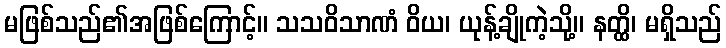
မဖြစ်သည်၏အဖြစ်ကြောင့်။ သသဝိသာဏံ ဝိယ၊ ယုန့်ချိုကဲ့သို့။ နတ္ထိ၊ မရှိသည်